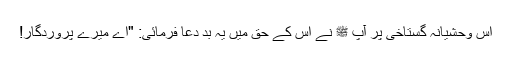
اس وحشیانہ گستاخی پر آپ ﷺ نے اس کے حق میں یہ بد دعا فرمائی: "اے میرے پروردگار!